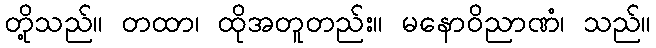
တို့သည်။ တထာ၊ ထိုအတူတည်း။ မနောဝိညာဏံ၊ သည်။